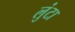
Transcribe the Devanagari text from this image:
लुंटा